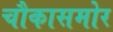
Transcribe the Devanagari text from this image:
चौकासमोर